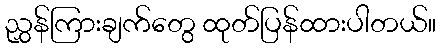
ညွှန်ကြားချက်တွေ ထုတ်ပြန်ထားပါတယ်။